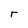
Character: r